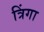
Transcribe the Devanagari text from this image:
त्रिंगा